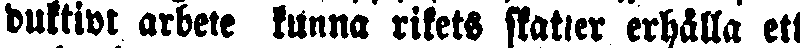
duktivt arbete kunna rikets skatter erhälla ett